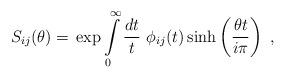
LaTeX: \begin{align*}S_{ij}(\theta )=\,\exp \int\limits_{0}^{\infty }\frac{dt}{t}\,\,\phi_{ij}(t)\sinh \left( \frac{\theta t}{i\pi }\right) \,\,, \end{align*}